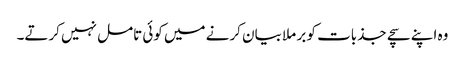
وہ اپنے سچے جذبات کو بر ملا بیان کرنے میں کوئی تامل نہیں کرتے۔